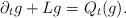
LaTeX: \begin{align*}\partial_t g+Lg=Q_t(g).\end{align*}